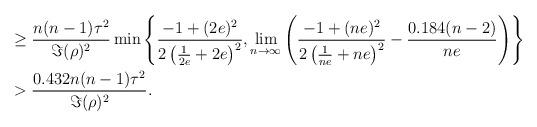
LaTeX: \begin{align*}\begin{aligned} & \ge \frac{n(n-1)\tau^2}{\Im(\rho)^2}\min\left\{\frac{-1+(2e)^2}{2\left(\frac{1}{2e}+2e\right)^2},\lim_{n \to \infty}\left(\frac{-1+(ne)^2}{2\left(\frac{1}{ne}+ne\right)^2}-\frac{0.184(n-2)}{ne} \right)\right\} \\ &>\frac{0.432n(n-1)\tau^2}{\Im(\rho)^2}.\end{aligned}\end{align*}